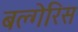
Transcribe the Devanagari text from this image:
बल्गेरिस